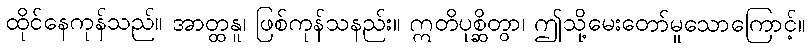
ထိုင်နေကုန်သည်။ အာတ္ထနူ၊ ဖြစ်ကုန်သနည်း။ ဣတိပုစ္ဆိတွာ၊ ဤသို့မေးတော်မူသောကြောင့်။